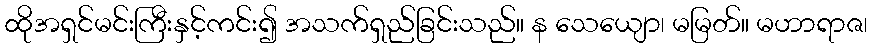
ထိုအရှင်မင်းကြီးနှင့်ကင်း၍ အသက်ရှည်ခြင်းသည်။ န သေယျော၊ မမြတ်။ မဟာရာဇ၊